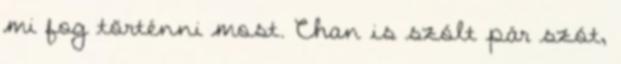
mi fog történni most. Chan is szólt pár szót,